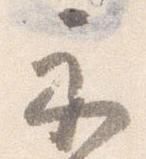
示